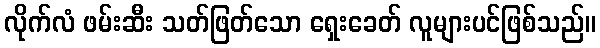
လိုက်လံ ဖမ်းဆီး သတ်ဖြတ်သော ရှေးခေတ် လူများပင်ဖြစ်သည်။